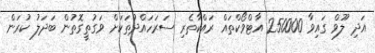
އަދި ލޫވް ގައިވާ 250000 އާޓްވޯކްތައް ރައްކާތެރި ސަރަހައްދުތަކަށް ވަގުތީގޮތުން ބަަދަލު ކުރަން